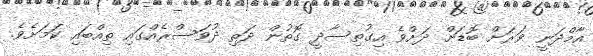
އާމްދަނީ ވަަރަށް ބޮޑަށް ދަށްވެ އިގުތިސާދީ ގޮތުން ދަތި ދުވަސްރެއްގައި ތިއްބައި ކަމަށެވެ.